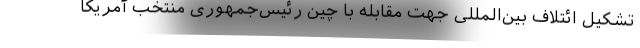
تشکیل ائتلاف بین‌المللی جهت مقابله با چین رئیس‌جمهوری منتخب آمریکا